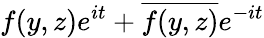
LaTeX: f(y,z)e^{it}+\overline{{f(y,z)}}e^{-it}